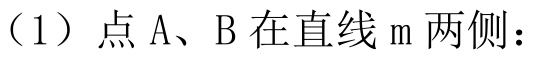
（1）点\(A、B\)在直线\(m\)两侧：